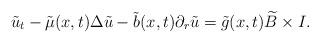
LaTeX: \begin{align*}{\tilde u}_t-\tilde \mu(x,t)\Delta \tilde u-\tilde b(x,t) \partial_r \tilde u &= \tilde g(x,t) \widetilde B\times I. \end{align*}